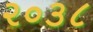
૨૦૩૮